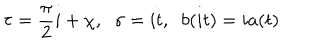
LaTeX: \tau = \frac { \pi } { 2 } i + \chi , \; \; \sigma = i t , \; \; b ( i t ) = i a ( t )